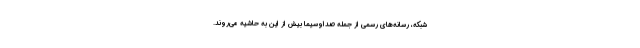
شبکه، رسانه‌های رسمی از جمله صداوسیما بیش از این به حاشیه می‌روند.